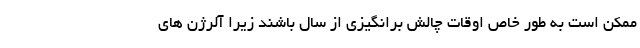
ممکن است به طور خاص اوقات چالش برانگیزی از سال باشند زیرا آلرژن های